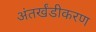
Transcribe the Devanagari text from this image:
अंतर्खंडीकरण